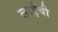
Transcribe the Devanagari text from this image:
लाईची